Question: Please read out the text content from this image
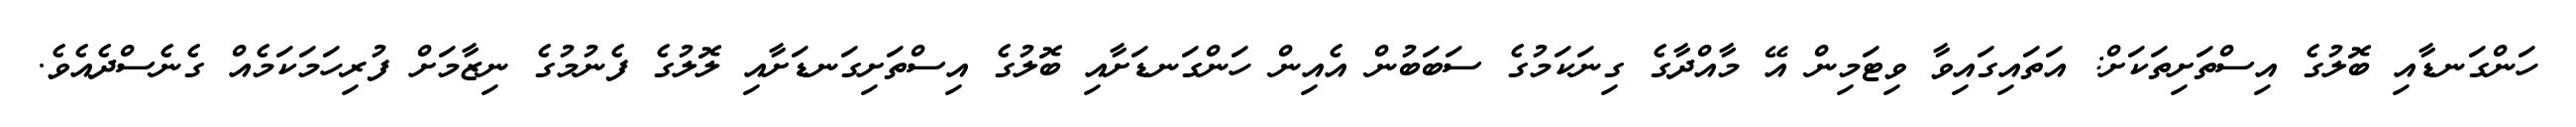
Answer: ހަންގަނޑާއި ބޮލުގެ އިސްތަށިތަކަށް: އަތައިގައިވާ ވިޓަމިން އޭ މާއްދާގެ ގިނަކަމުގެ ސަބަބުން އެއިން ހަންގަނޑަށާއި ބޮލުގެ އިސްތަށިގަނޑަށާއި ލޮލުގެ ފެނުމުގެ ނިޒާމަށް ފުރިހަމަކަމެއް ގެނެސްދެއެވެ.